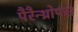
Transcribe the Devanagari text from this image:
पैरैन्थ्रोपस